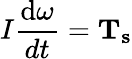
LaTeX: I\frac{{\mathrm{{d}}{\mathbf{\omega}}}}{{dt}}={{\mathbf{T}}_{\mathbf{s}}}